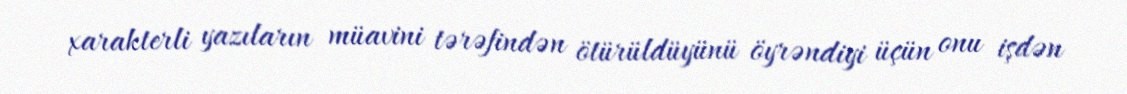
xarakterli yazıların müavini tərəfindən ötürüldüyünü öyrəndiyi üçün onu işdən